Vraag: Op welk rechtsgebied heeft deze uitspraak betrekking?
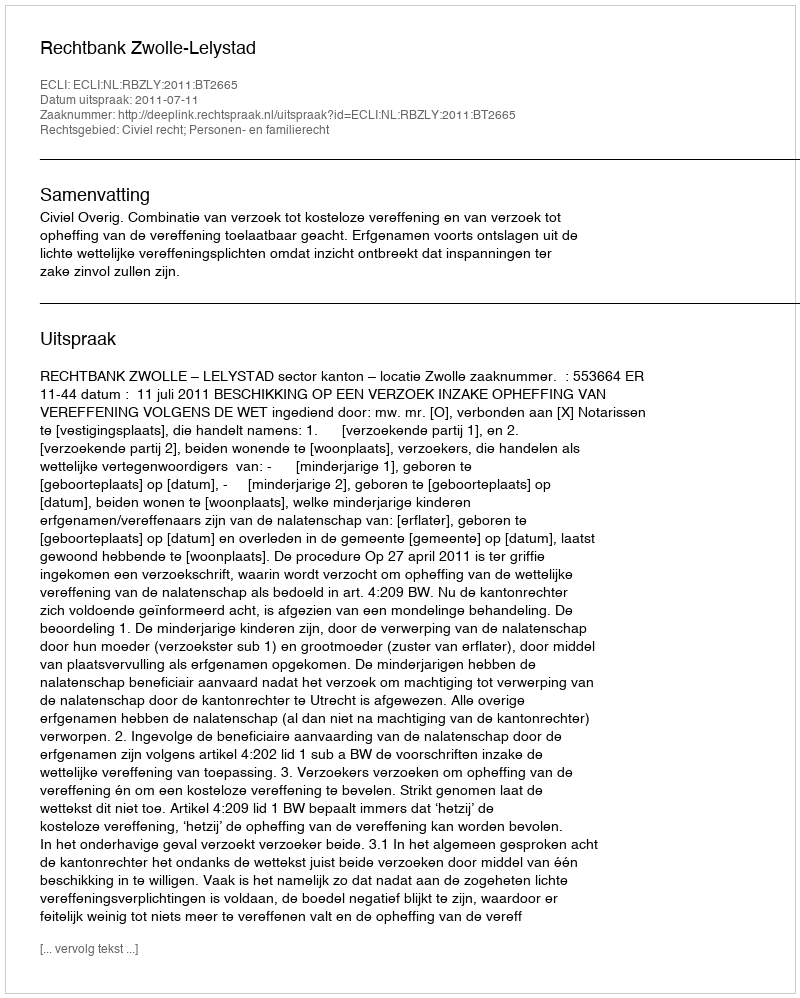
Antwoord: Civiel recht; Personen- en familierecht